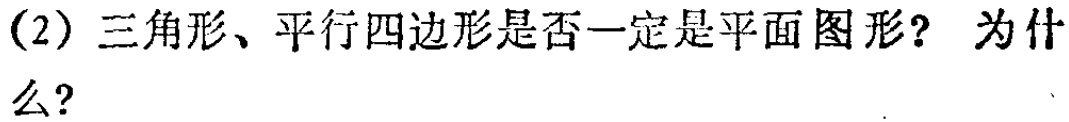
(2) 三角形、平行四边形是否一定是平面图形？为什么？